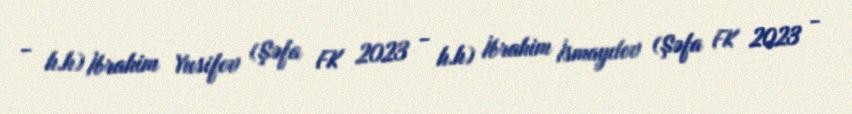
- h.h) İbrahim Yusifov (Şəfa FK 2023 - h.h) İbrahim İsmayılov (Şəfa FK 2023 -